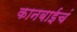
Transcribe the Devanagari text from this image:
कानबाईचं